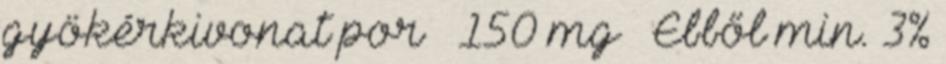
gyökérkivonat por – 150 mg – Ebből min. 3%